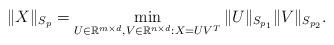
LaTeX: \begin{align*}\|X\|_{S_{p}}=\min_{U\in\mathbb{R}^{m\times d},V\in\mathbb{R}^{n\times d}:X=UV^{T}}\|U\|_{S_{p_{1}}}\|V\|_{S_{p_{2}}}.\end{align*}